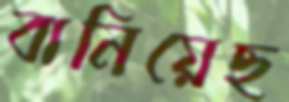
বানিয়েছ